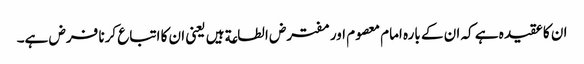
ان کا عقیدہ ہے کہ ان کے بارہ امام معصوم اور مفترض الطاعة ہیں یعنی ان کا اتباع کرنا فرض ہے۔